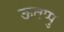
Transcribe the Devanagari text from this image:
ऊतप्पु